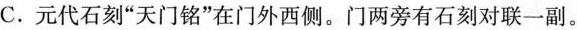
C.元代石刻”天门铭”在门外西侧。门两旁有石刻对联一副。